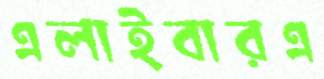
এলাইবারএ